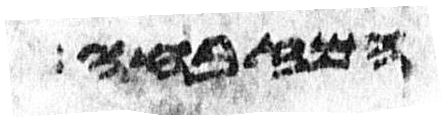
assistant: המזבחה